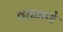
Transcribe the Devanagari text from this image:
वहाडणे